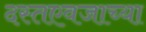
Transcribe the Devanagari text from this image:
दस्तएवजाच्या